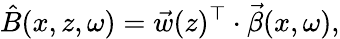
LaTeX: \hat{B}(x,z,\omega)=\vec{w}(z)^{\top}\cdot\vec{\beta}(x,\omega),